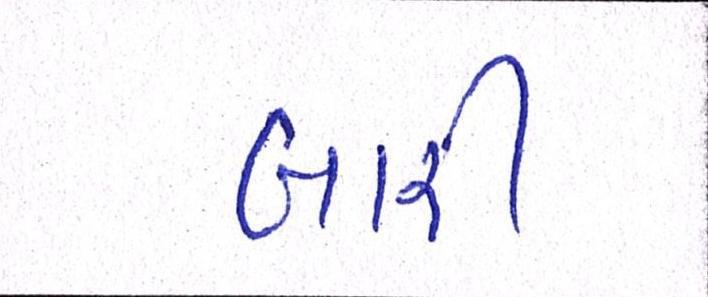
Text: બારી